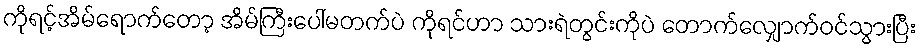
ကိုရင့်အိမ်ရောက်တော့ အိမ်ကြီးပေါ်မတက်ပဲ ကိုရင်ဟာ သားရဲတွင်းကိုပဲ တောက်လျှောက်ဝင်သွားပြီး